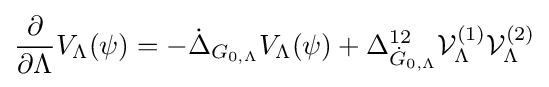
{\frac {\partial }{\partial \Lambda }}{{V}_{\Lambda }}(\psi )=-{{\dot {\Delta }}_{G_{0,\Lambda }}}{{V}_{\Lambda }}(\psi )+\Delta _{{\dot {G}}_{0,\Lambda }}^{12}{\mathcal {V}}_{\Lambda }^{(1)}{\mathcal {V}}_{\Lambda }^{(2)}